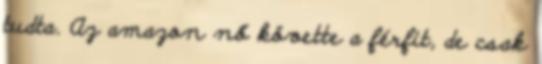
tudta. Az amazon nő követte a férfit, de csak